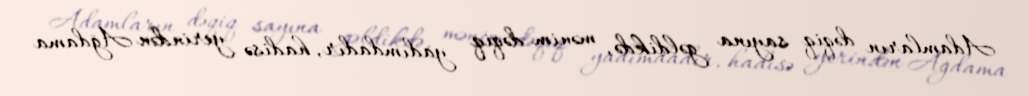
Adamların dəqiq sayına gəldikdə, mənim dəqiq yadımdadır, hadisə yerindən Ağdama